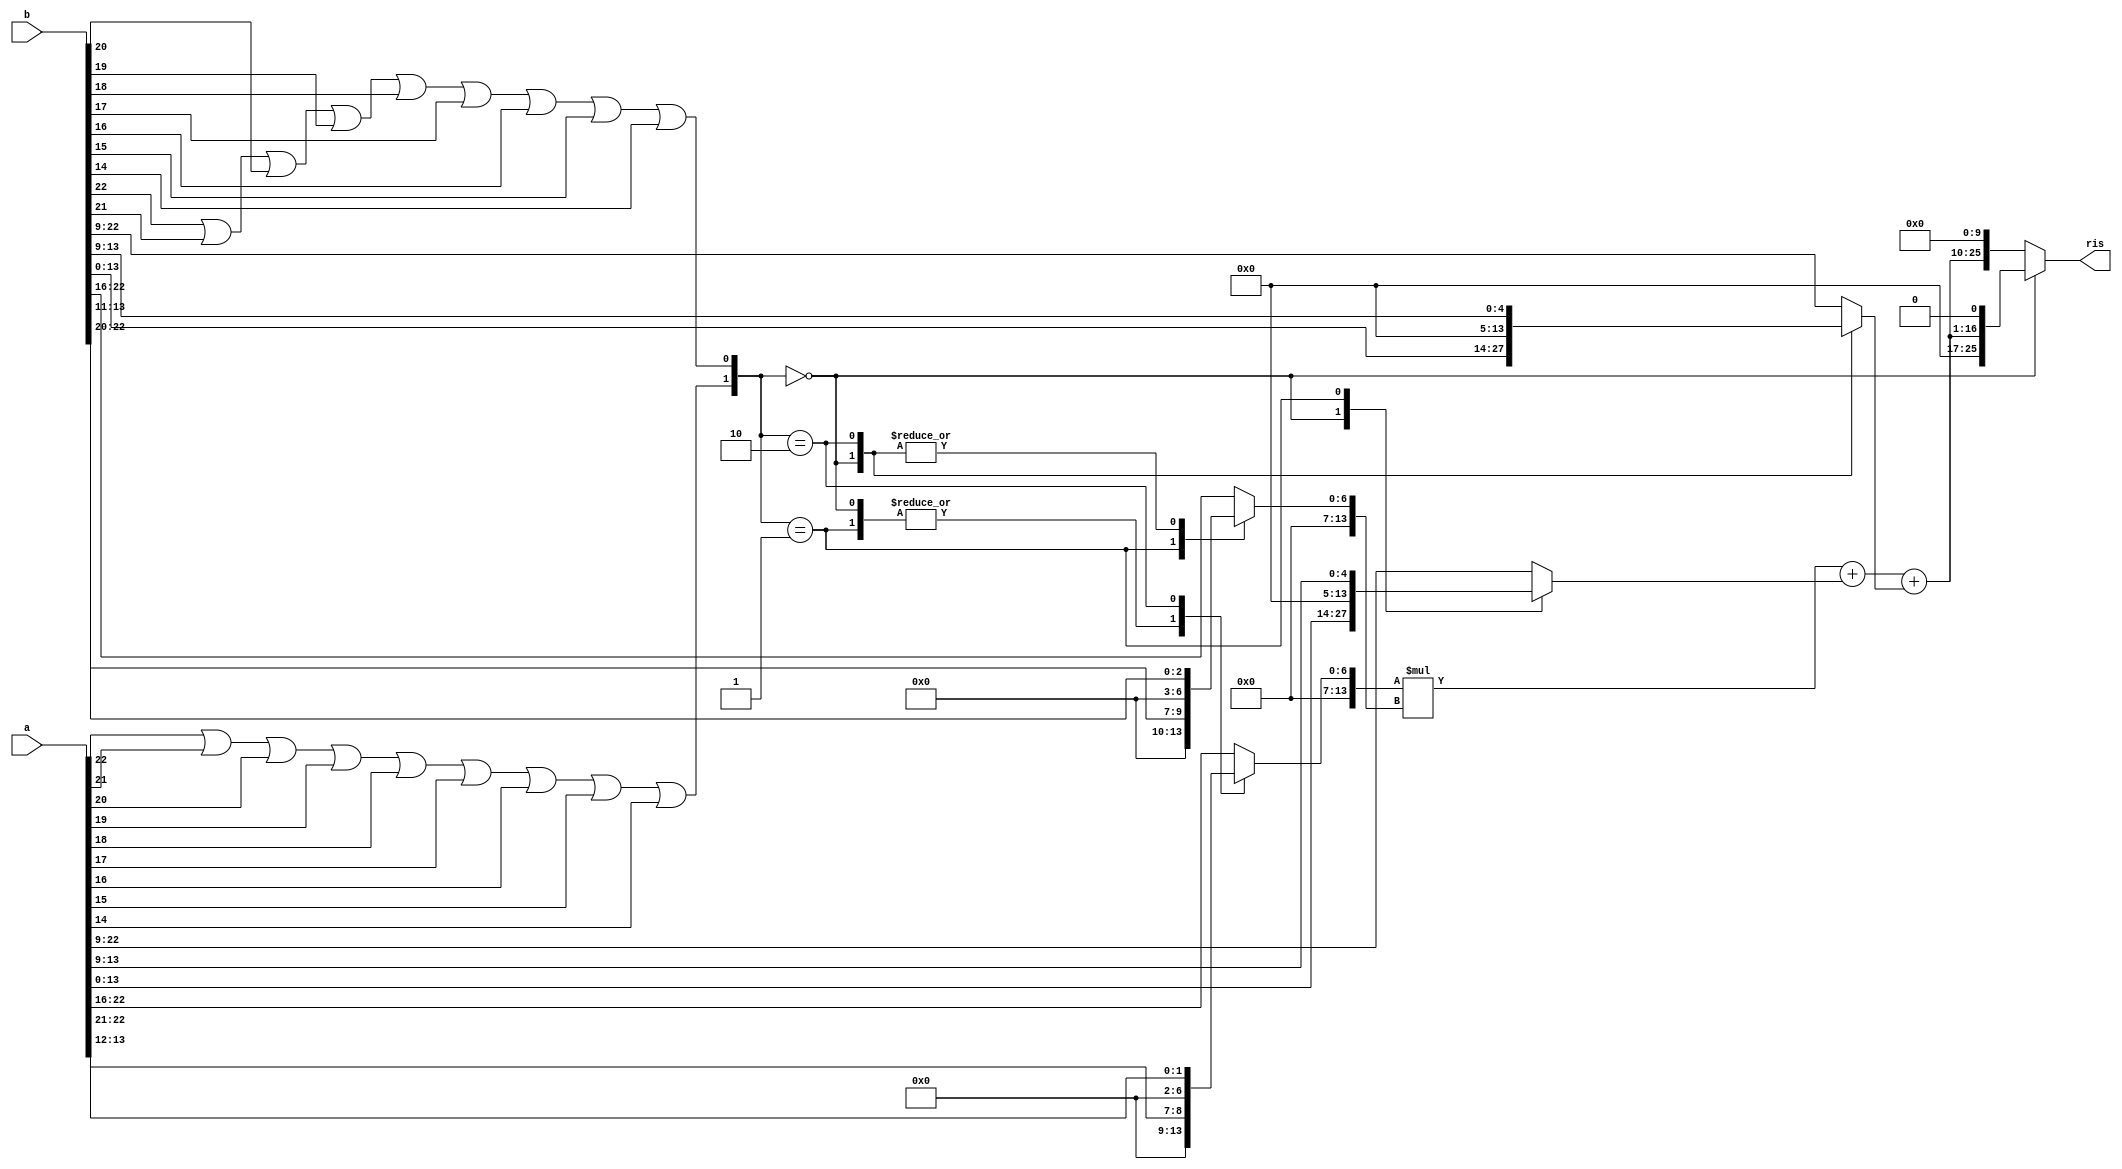
module MMssm_n23_m14(a, b, ris);

input wire [22:0] a;
input wire [22:0] b;
output wire [25:0] ris;

wire alfa_a, alfa_b;
reg  [13:0] assm, bssm;

assign alfa_a = (a[22] || a[21] || a[20] || a[19] || a[18] || a[17] || a[16] || a[15] || a[14]);
assign alfa_b = (b[22] || b[21] || b[20] || b[19] || b[18] || b[17] || b[16] || b[15] || b[14]);

always@* begin
    case({alfa_a,alfa_b})
        2'b00 : assm <= a[13:12];
        2'b01 : assm <= a[13:12];
        2'b10 : assm <= a[22:21];
        default: assm <= a[22:16];
    endcase
end

always@* begin
    case({alfa_a,alfa_b})
        2'b00 : bssm <= b[13:11];
        2'b01 : bssm <= b[22:20];
        2'b10 : bssm <= b[13:11];
        default: bssm <= b[22:16];
    endcase
end

reg [13:0] assum,bssum;
always@* begin
    case({alfa_a,alfa_b})
        2'b00 : assum <= a[13:0];
        2'b01 : assum <= a[13:9];
        2'b10 : assum <= a[22:9];
        default: assum <= a[22:9];
    endcase
end

always@* begin
    case({alfa_a,alfa_b})
        2'b00 : bssum <= b[13:0];
        2'b01 : bssum <= b[22:9];
        2'b10 : bssum <= b[13:9];
        default: bssum <= b[22:9];
    endcase
end

wire [15:0] mac_ssm;
assign mac_ssm = assm* /* cadence sub_arch non_booth */ bssm +assum+bssum;

assign ris = ({alfa_a, alfa_b}==2'd0)? {mac_ssm,1'd0} : {mac_ssm, 10'd0};
endmodule